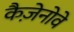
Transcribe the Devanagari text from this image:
कैज़ेनोवे